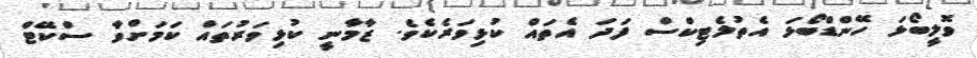
ވޮލީބޯޅަ ހޭންޑްބޯޅަ އެތުލެޓިކްސް ފަދަ އެތައް ކުޅިވަރެކެވެ. ޒާމާނީ ކުޅިވަރުތައް ކަމަށްވާ ސްކޭޓް